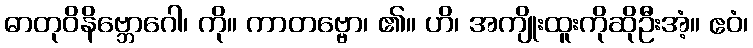
ဓာတုဝိနိဗ္ဘောဂေါ၊ ကို။ ကာတဗ္ဗော၊ ၏။ ဟိ၊ အကျိုးထူးကိုဆိုဦးအံ့။ ဧဝံ၊